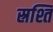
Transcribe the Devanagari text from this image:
स्रश्ति